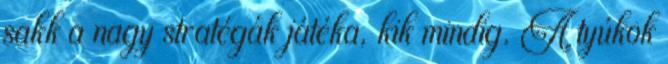
sakk a nagy stratégák játéka, kik mindig. A tyúkok